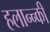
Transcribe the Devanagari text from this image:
हलान्न्की